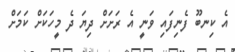
އެ ކިނބޫ ފެނިފައި ވަނީ އެ ރަށަށް ދިޔަ ދެ މީހަކަށް ކަމަށް